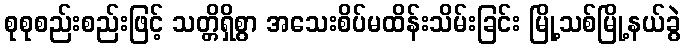
စုစုစည်းစည်းဖြင့် သတ္တိရှိစွာ အသေးစိပ်မထိန်းသိမ်းခြင်း မြို့သစ်မြို့နယ်ခွဲ